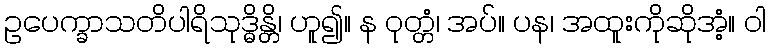
ဥပေက္ခာသတိပါရိသုဒ္ဓိန္တိ၊ ဟူ၍။ န ဝုတ္တံ၊ အပ်။ ပန၊ အထူးကိုဆိုအံ့။ ဝါ